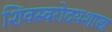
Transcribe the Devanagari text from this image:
शिवस्वरोदयशास्त्र